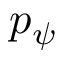
p _ { \psi }